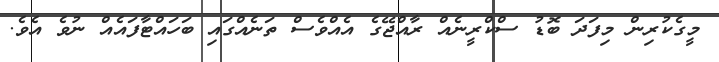
މީގެކުރިން މިފަދަ ބޮޑު ސްކްރީނެއް ރާއްޖޭގެ އެއްވެސް ތަނެއްގައި ބަހައްޓާފައެއް ނުވެ އެވެ.